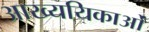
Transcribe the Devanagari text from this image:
आख्ययिकाओं